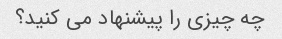
چه چیزی را پیشنهاد می کنید؟